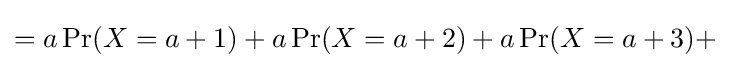
=a\operatorname {Pr} (X=a+1)+a\operatorname {Pr} (X=a+2)+a\operatorname {Pr} (X=a+3)+